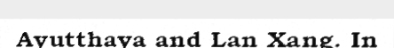
Ayutthaya and Lan Xang. In